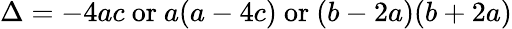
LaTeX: \Delta=-4ac{\mathrm{~or~}}a(a-4c){\mathrm{~or~}}(b-2a)(b+2a)